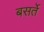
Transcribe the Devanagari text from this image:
बसर्ते